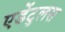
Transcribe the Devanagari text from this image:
एडेंटुलस